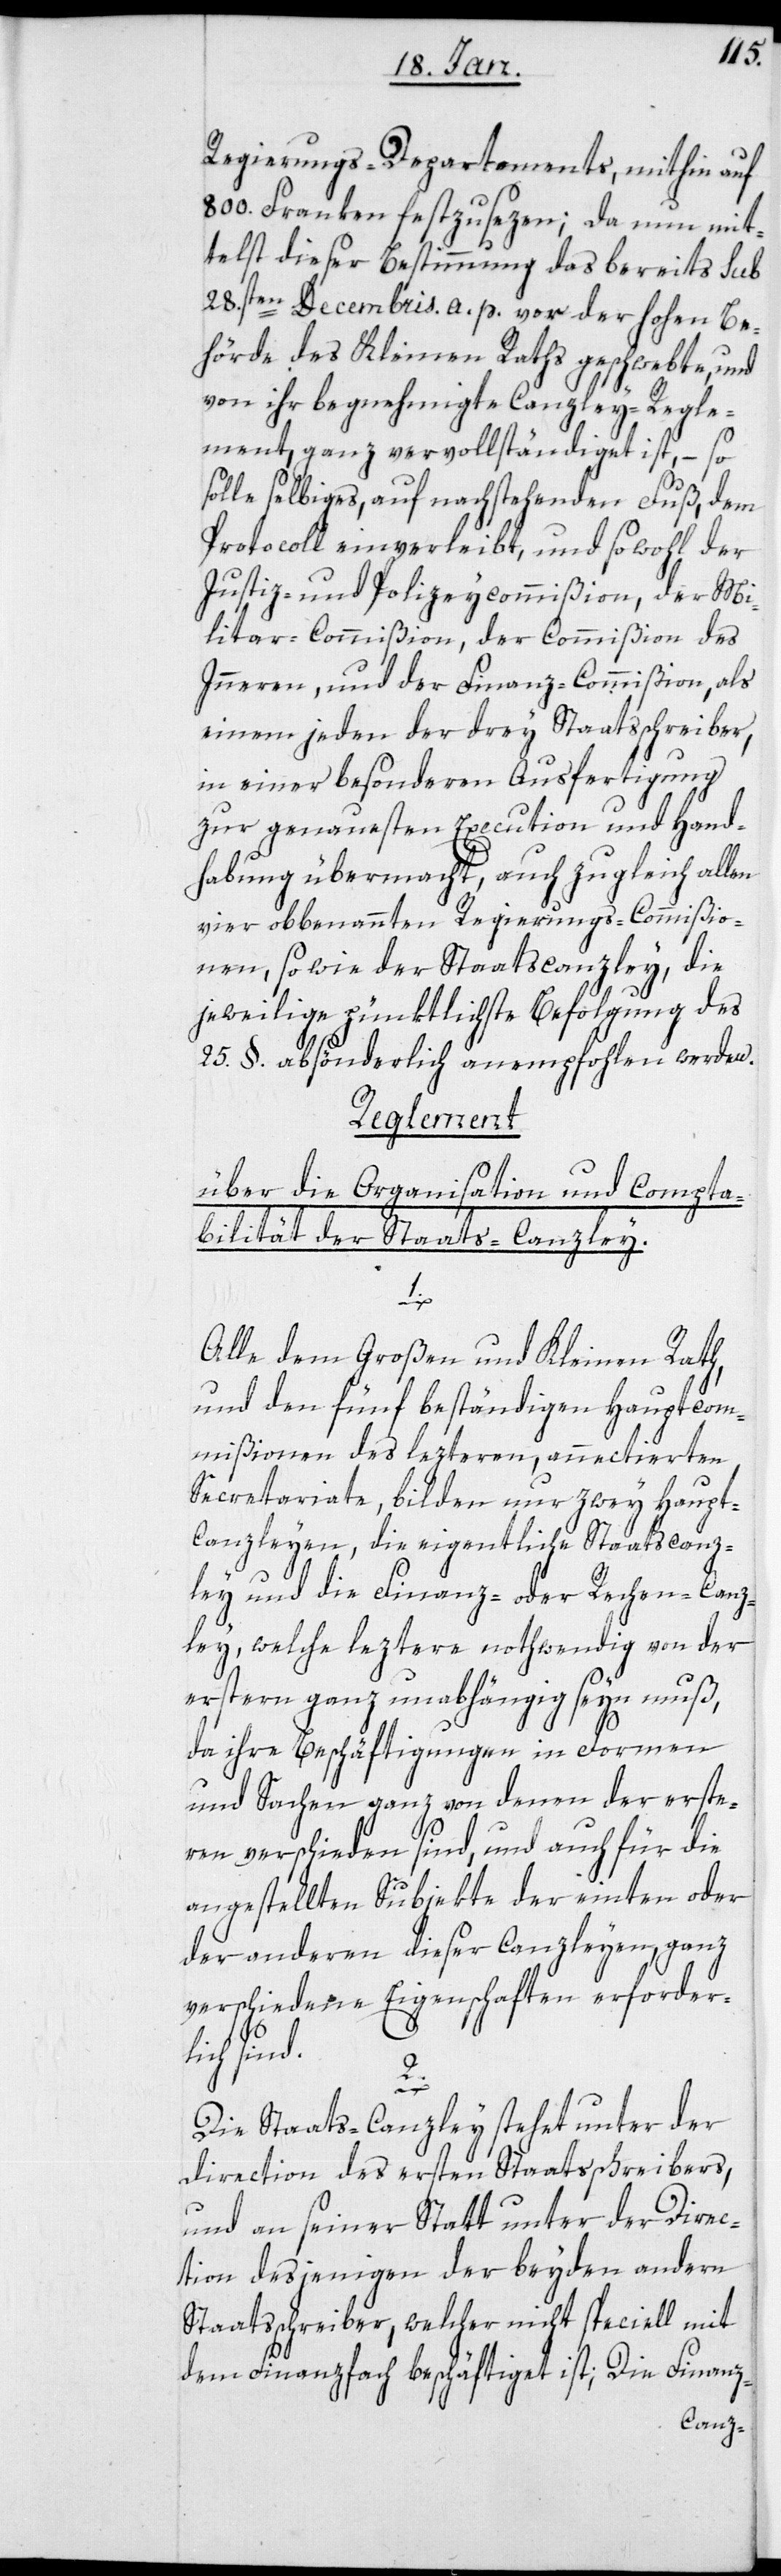
Regierungs-Departements, mithin auf
800. Franken festzusezen; da nun mit¬
telst dieser Bestimmung das bereits sub
28.sten Decembris a. p. vor der hohen Be¬
hörde des Kleinen Raths geschwebte, und
von ihr begnehmigte Canzley-Regle¬
ment, ganz vervollständiget ist, – so
solle selbiges auf nachstehenden Fuß, dem
Protocoll einverleibt, und sowohl der
Justiz- und Polizeycommißion, der Mi¬
litar-Commißion, der Commißion des
Inneren und der Finanz-Commißion, als
einem jeden der drey Staatsschreiber,
in einer besonderen Ausfertigung
zur genauesten Execution und Hand¬
habung übermacht, auch zugleich allen
vier obbenannten Regierungs-Commißio¬
nen sowie der Staatscanzley, die
jeweilige pünktlichste Befolgung des
25. §. absönderlich empfohlen werden.
Reglement
über die Organisation und Compta¬
bilität der Staats-Canzley.
1.
Alle dem Großen und Kleinen Rath,
und den fünf beständigen Hauptcom¬
mißionen des lezteren, annectierten
Secretariate, bilden nur zwey Haupt-C¬
anzleyen, die eigentliche Staatscanz¬
ley und die Finanz- oder Rechen-Canz¬
ley, welche leztere nothwendig von der
erstern ganz unabhängig seyn muß,
da ihre Beschäftigungen in Formen
und Sachen ganz von denen der erste¬
ren verschieden sind, und auch für die
angestellten Subjecte der einten oder
der anderen dieser Canzleyen, ganz
verschiedene Eigenschaften erforder¬
lich sind.
2.
Die Staats-Canzley stehet unter der
Direction des ersten Staatsschreibers,
und an seiner Statt unter der Direc¬
tion desjenigen der beyden andern
Staatsschreiber, welcher nicht speciell mit
dem Finanzfach beschäftiget ist; Die Finanz-